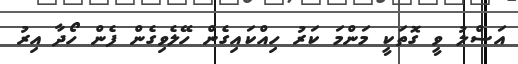
އަސްލު ވީ ގޮތަކީ މަންމަ ކަރު ހިއްކައިގެން ހޭލެވިގެން ފެން ހޯދާ އިރު